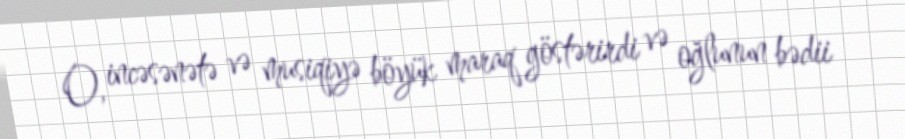
O, incəsənətə və musiqiyə böyük maraq göstərirdi və oğlunun bədii